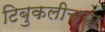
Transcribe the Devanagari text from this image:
टिबुकलीच्‍या